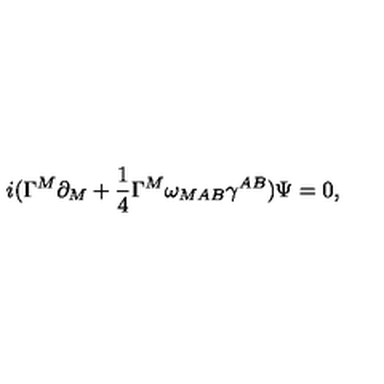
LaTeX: i ( \Gamma ^ { M } \partial _ { M } + { \frac { 1 } { 4 } } \Gamma ^ { M } \omega _ { M A B } \gamma ^ { A B } ) \Psi = 0 ,